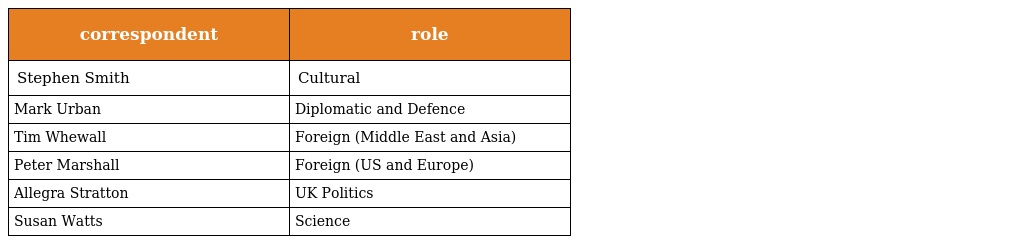
| correspondent | role |
 | --- | --- |
 | Stephen Smith | Cultural |
 | Mark Urban | Diplomatic and Defence |
 | Tim Whewall | Foreign (Middle East and Asia) |
 | Peter Marshall | Foreign (US and Europe) |
 | Allegra Stratton | UK Politics |
 | Susan Watts | Science |